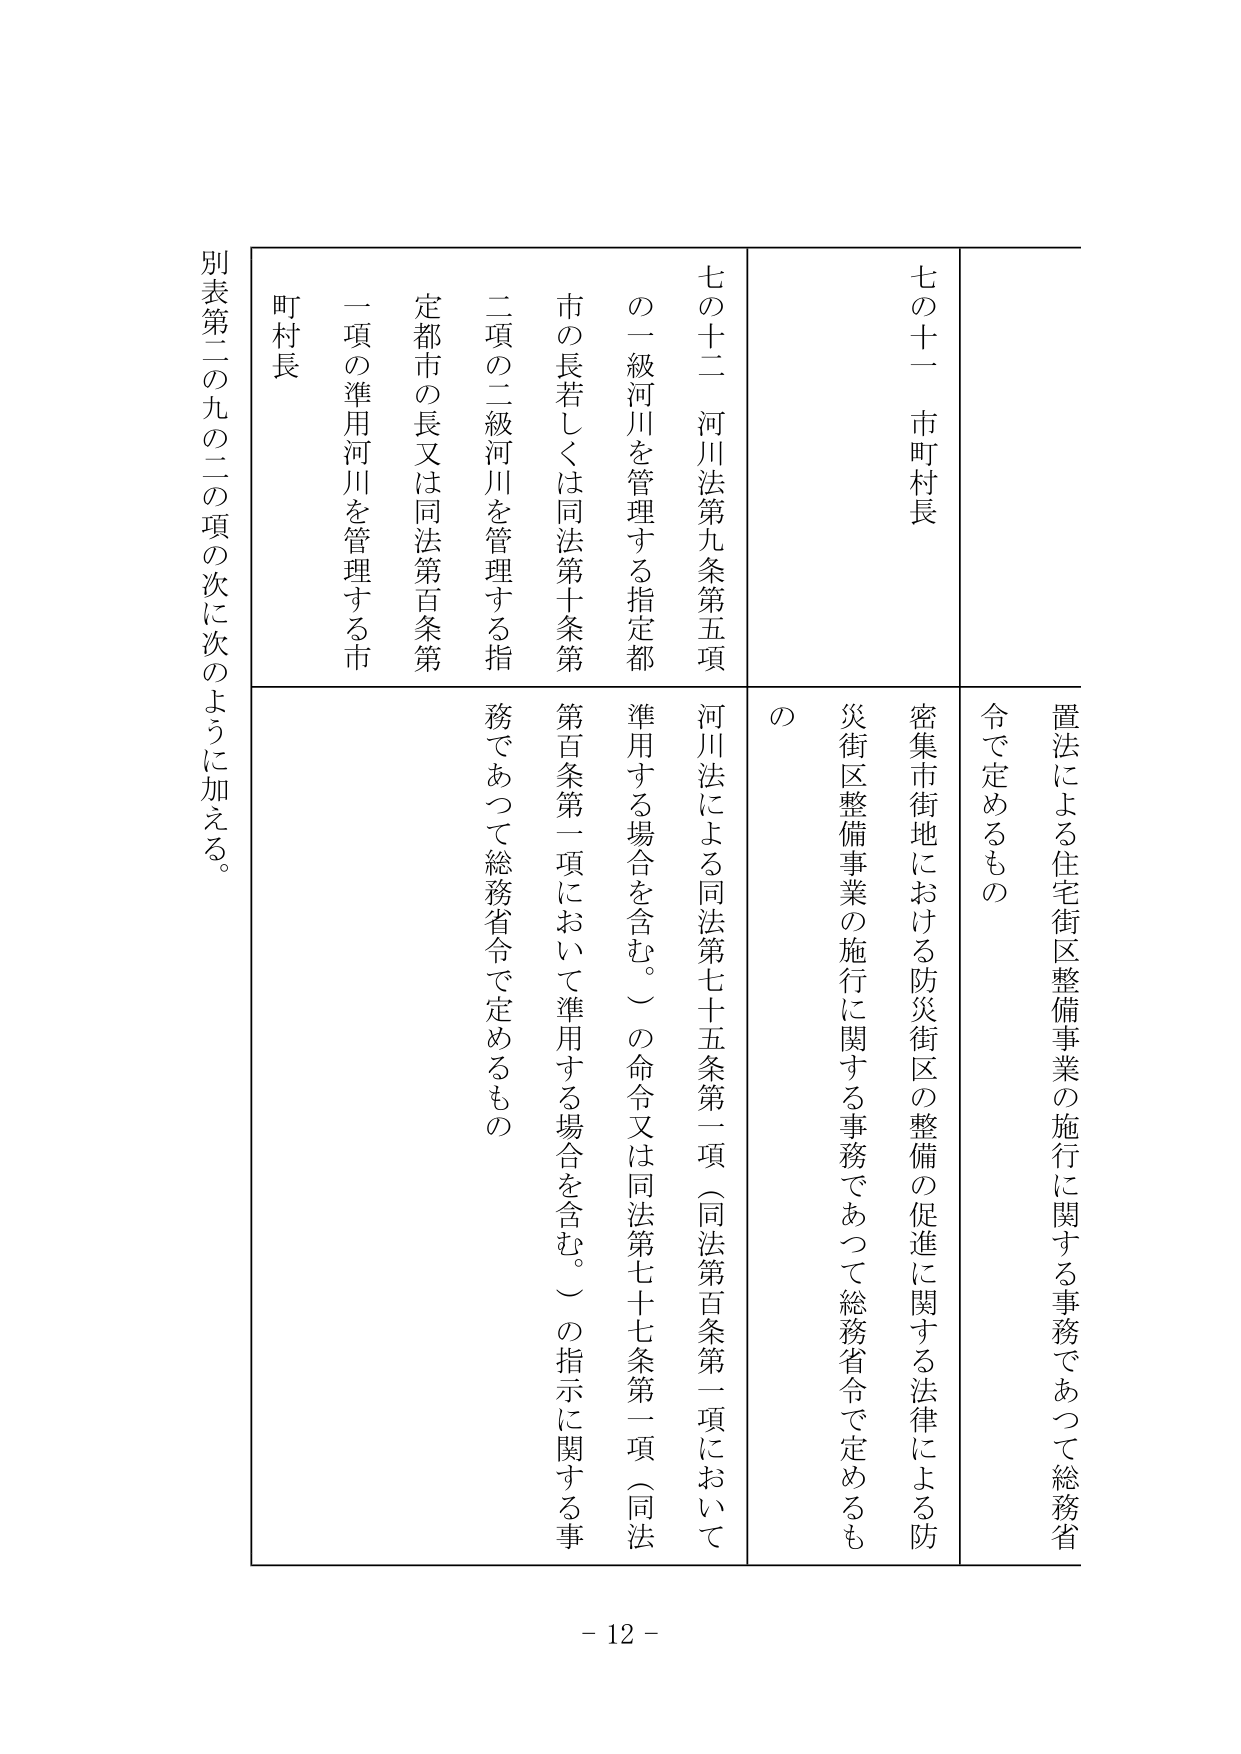
別表第二の九の二の項の次に次のように加える。

七の十一 市町村長
置法による住宅街区整備事業の施行に関する事務であつて総務省令で定めるもの
密集市街地における防災街区の整備の促進に関する法律による防災街区整備事業の施行に関する事務であつて総務省令で定めるもの

七の十二 河川法第九条第五項
河川法による同法第七十五条第一項（同法第百条第一項において準用する場合を含む。）の命令又は同法第七十七条第一項（同法第百条第一項において準用する場合を含む。）の指示に関する事務であつて総務省令で定めるもの
の
の
一級河川を管理する指定都市の長若しくは同法第十条第二項の二級河川を管理する指定都市の長又は同法第百条第一項の準用河川を管理する市町村長

- 12 -